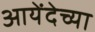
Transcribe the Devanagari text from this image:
आयेंदेच्या